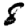
Digit: 8